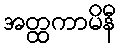
အတ္ထကာမိနီ